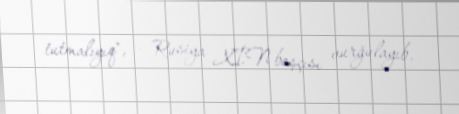
tutmalıyıq", - Rusiya XİN başçısı vurğulayıb.